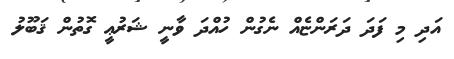
އަދި މި ފަދަ ދަރަންޏެއް ނެގުން ހުއްދަ ވާނީ ޝަރުޢީ ގޮތުން ޤަބޫލު